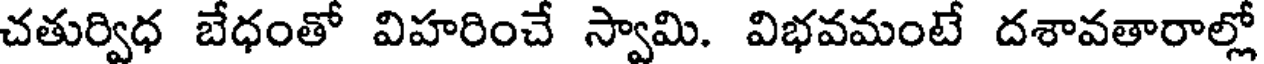
చతుర్విధ బేధంతో విహరించే స్వామి. విభవమంటే దశావతారాల్లో